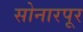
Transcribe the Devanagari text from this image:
सोनारपूर